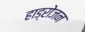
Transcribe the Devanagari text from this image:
हाड्रोजन